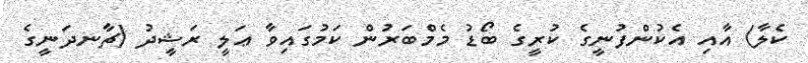
ކެލާ) އާއި އެކުންފުނީގެ ކުރީގެ ބޯޑު މެމްބަރުން ކަމުގައިވާ ޢަލީ ރަޝީދު (ޗާނދަނީގެ